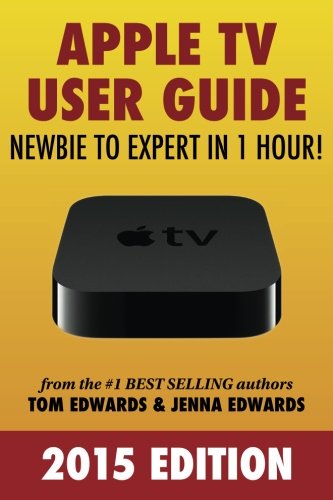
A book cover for Apple TV User Guide: Newbie to Expert in 1 Hour!; Tom Edwards; Computers & Technology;